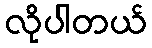
လိုပါတယ်